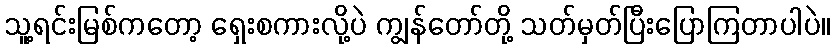
သူ့ရင်းမြစ်ကတော့ ရှေးစကားလို့ပဲ ကျွန်တော်တို့ သတ်မှတ်ပြီးပြောကြတာပါပဲ။